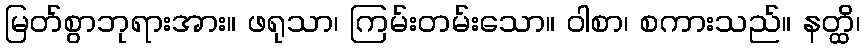
မြတ်စွာဘုရားအား။ ဖရုသာ၊ ကြမ်းတမ်းသော။ ဝါစာ၊ စကားသည်။ နတ္ထိ၊